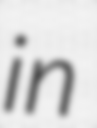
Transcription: in